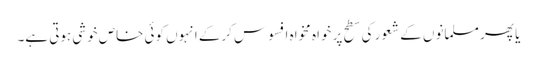
یا پھر مسلمانوں کے شعور کی سطح پر خواہ مخواہ افسوس کرکے انہوں کوئی خاص خوشی ہوتی ہے۔